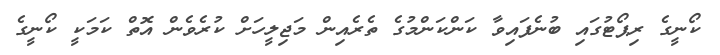
ކޯނީގެ ރިޕޯޓުގައި ބުނެފައިވާ ކަންކަންމުގެ ތެރެއިން މަޖިލީހަށް ކުރެވެން އޮތް ކަމަކީ ކޯނީގެ